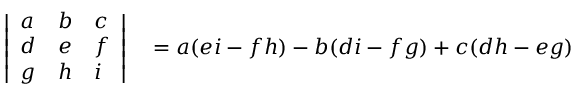
\begin{array} { r l } { { \left| \begin{array} { l l l } { a } & { b } & { c } \\ { d } & { e } & { f } \\ { g } & { h } & { i } \end{array} \right| } } & { { } = a ( e i - f h ) - b ( d i - f g ) + c ( d h - e g ) } \end{array}